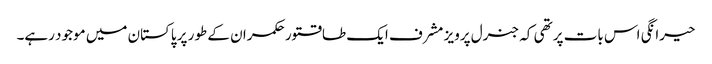
حیرانگی اس بات پر تھی کہ جنرل پرویز مشرف ایک طاقتور حکمران کے طور پر پاکستان میں موجود رہے۔